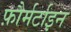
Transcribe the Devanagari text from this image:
फ़ौर्मर्टाइन